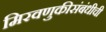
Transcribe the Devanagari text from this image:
मिरवणुकीसंबंधीची